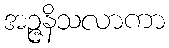
အဉ္ဇနိသလာကာ